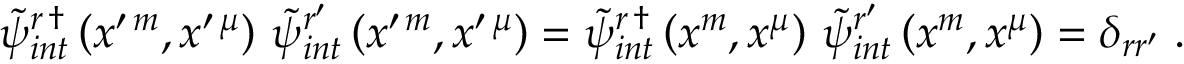
\begin{array} { r } { \widetilde { \psi } _ { i n t } ^ { r \, \dag } \left( x ^ { \prime \, m } , x ^ { \prime \, \mu } \right) \, \widetilde { \psi } _ { i n t } ^ { r ^ { \prime } } \left( x ^ { \prime \, m } , x ^ { \prime \, \mu } \right) = \widetilde { \psi } _ { i n t } ^ { r \, \dag } \left( x ^ { m } , x ^ { \mu } \right) \, \widetilde { \psi } _ { i n t } ^ { r ^ { \prime } } \left( x ^ { m } , x ^ { \mu } \right) = \delta _ { r r ^ { \prime } } \; . } \end{array}